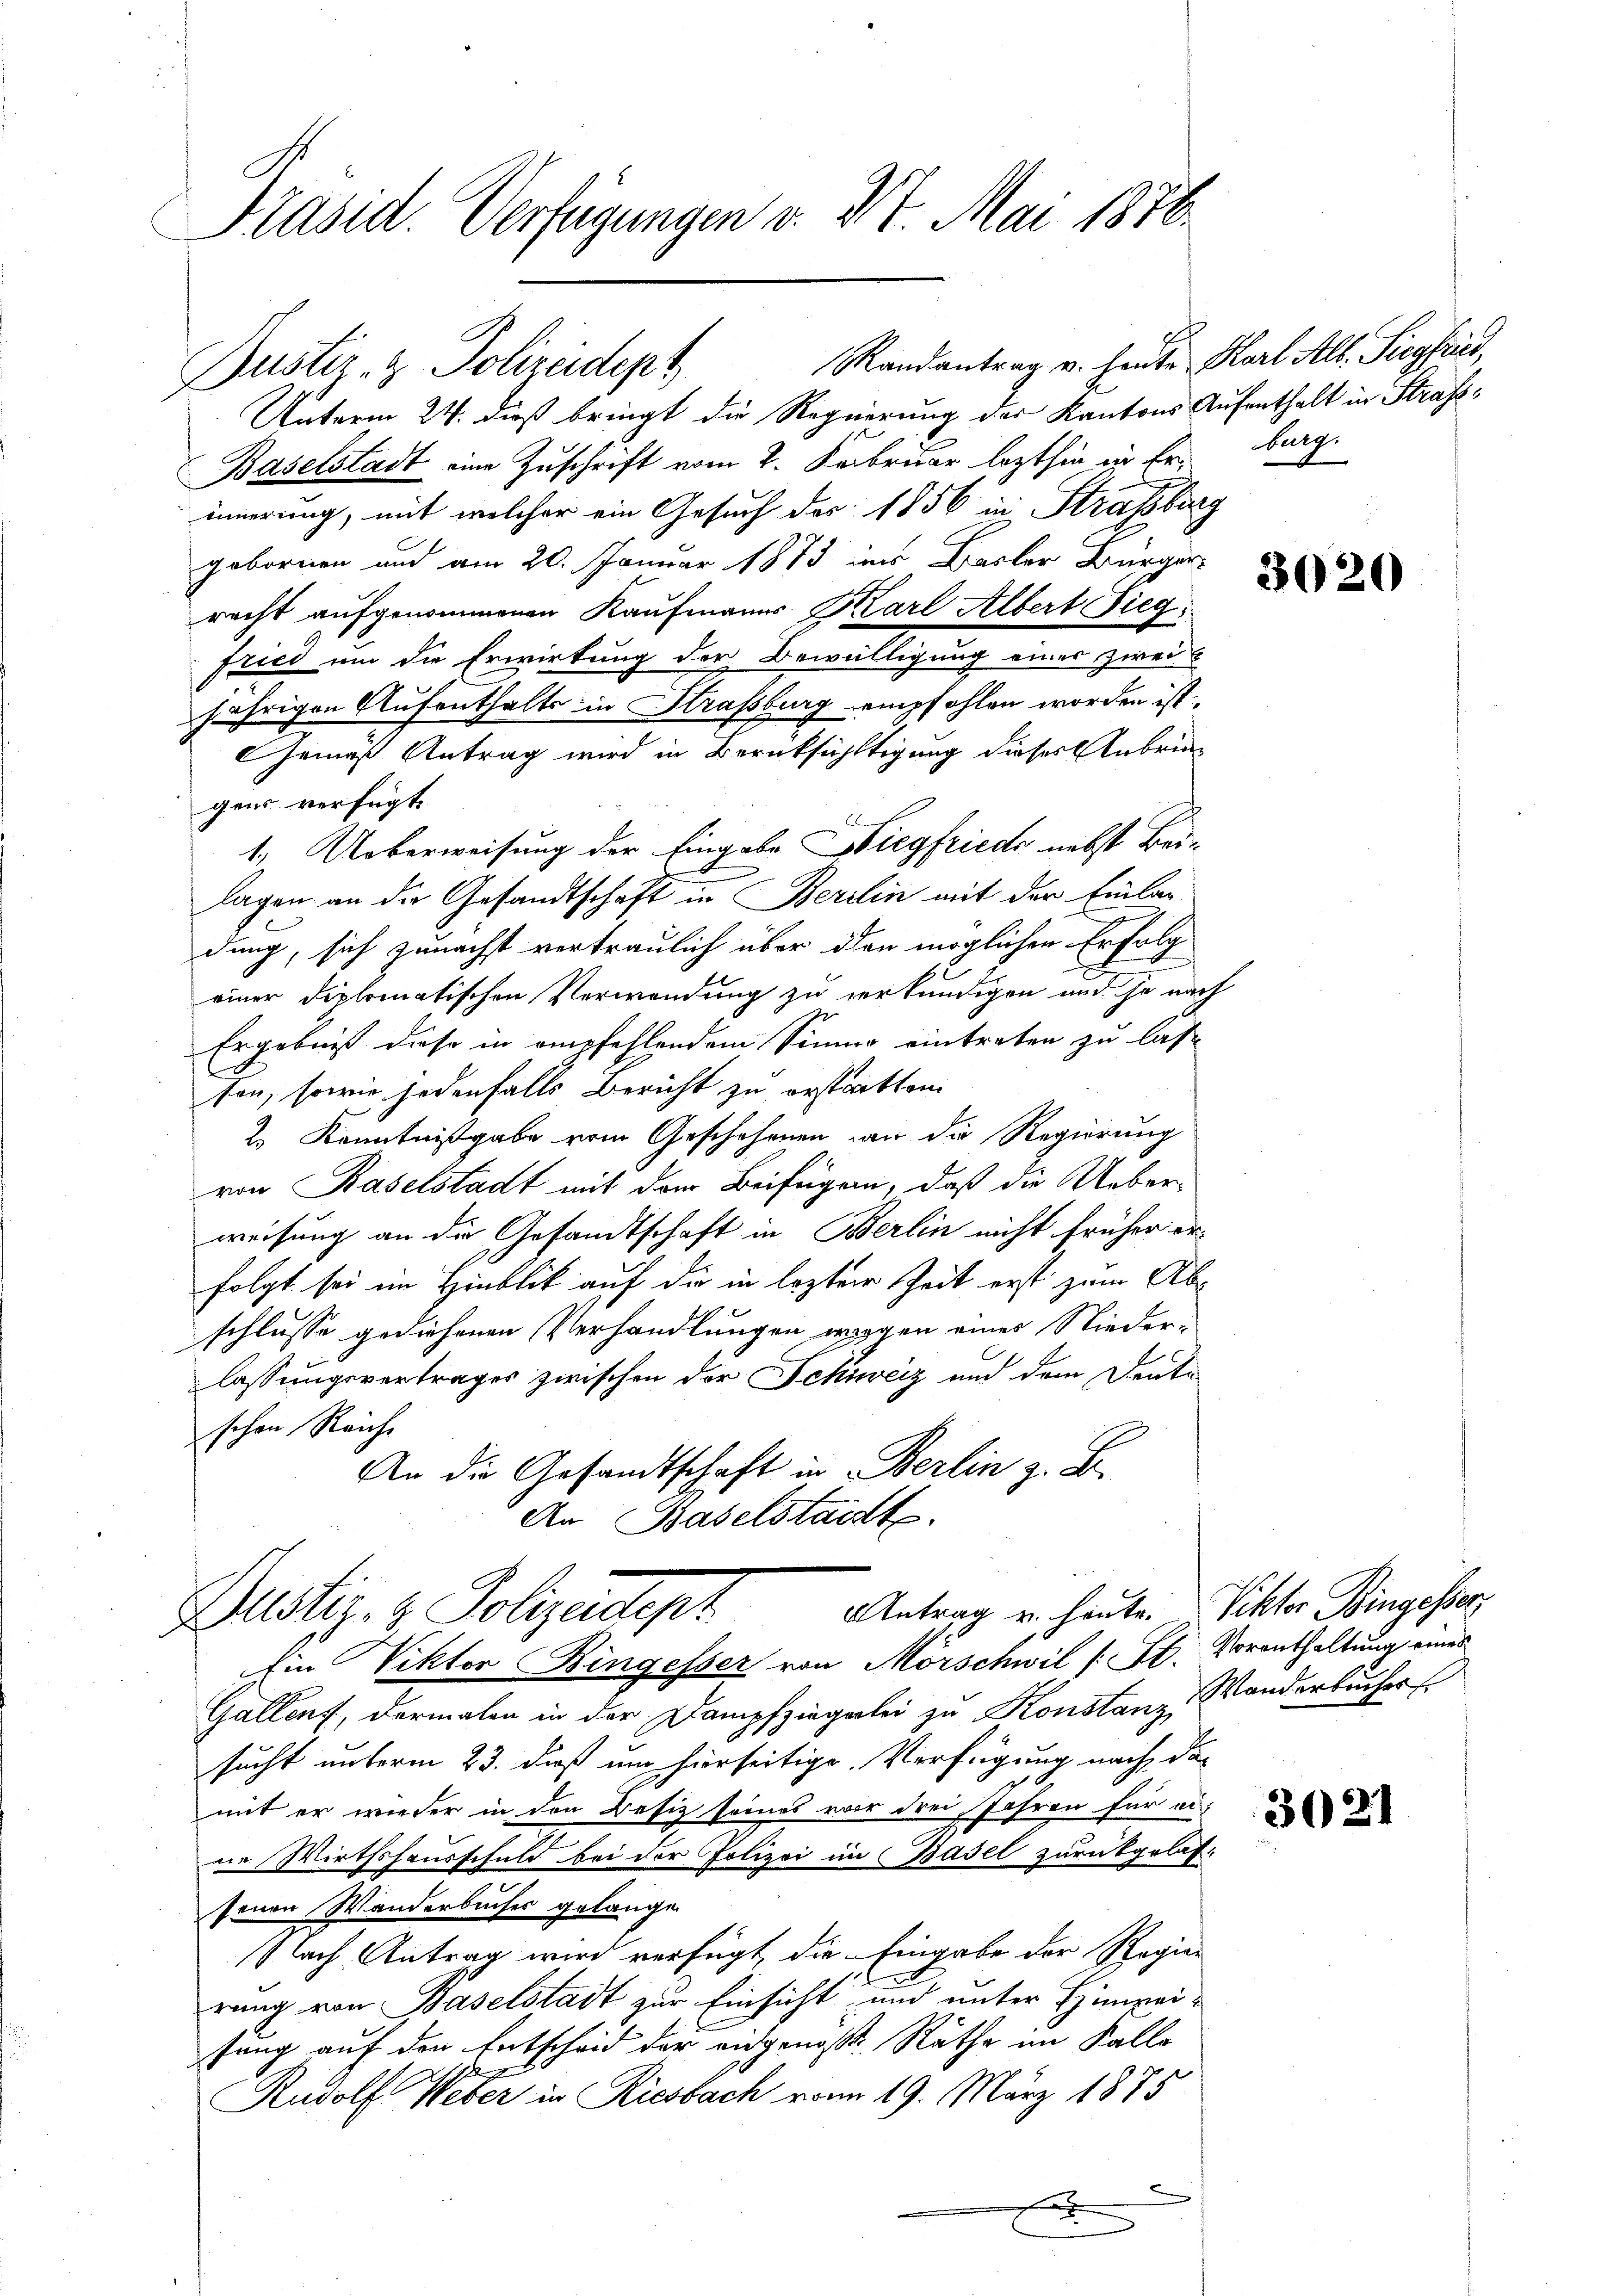
Randantrag v. heute Karl Alb. Siegfried,
Unterm 24. dieß bringt die Regierung der Kantons Aufenthalt in Strafs¬
Baselstadt eine Zuschrift vom 2. Februar lezthin in Erinnerung, mit welcher ein Gesuch des 1856 in Strassburg
gebornen und am 20. Januar 1873 ins Basler Bürger
racht aufgenommenen Kaufmanns Karl Albert Bieg
fried um die Erwirkung der Bewilligung eines Zweit
jährigen Aufenthalts in Straßburg empfohlen worden ist
Gemäß Antrag wird in Berücksichtigung dieser Anbringens verfügt
1. Ueberweisung der Eingabe Siegfriede nebst Beie
lagen an die Gesandtschaft in Berlin mit der Einlag
dung, sich zunächst vertraulich über den möglichen Erfolg
einer diplomatischen Verwendung zu verkündigen und je nach
Ergebniß diese in empfehlendem Sinner eintreten zu lasson, sowie jedenfalls Bericht zu erstritten
2. Kenntnißgabe vom Geschehenen an die Regierung
von Baselstadt mit dem Beifügen, daß die Ueberweisung an die Gesandtschaft in Berlin nicht früher erfolgt sei im Hinblick auf die in leztere Zeit erst zum Abschlusse gediehenen Verhandlungen wegen eines Niederlassungsvertrages zwischen der Schiweiz und dem Denke
schon Reiche
An die Gesandtschaft in Berlin z. B.
An Baselstadt.

Präsid. Verfügungen v. 27. Mai 1876.

Pustiz- & Polizeidept

Antrag u. heute. Viktor Bingesser,
Dustiz- & Polizeiepr
Ein Viktor Bingesser von Mörschwil [H. Vorenthaltung eines

Gallens, dermalen in der Dampfziegelei zu Konstanz, Manderbucher
sucht unterm 23. daß um hierseitige Verfügung nach da-
mit er wieder in den Besiz seines vor drei Jahren für ei-
in Wirthshausschuld bei der Polizei im Basel zurückgelas-
senen Wanderbuches gelangen
lach Antrag wird verfügt, die Eingabe der Regier
rung von Baselstadt zur Einsicht und unter Himpeifung auf den Entscheid der eidgenoß Räthe im Falle
Rudolf Weber in Riesbach vom 19. März 1875
e
F

burg.

3020

3021